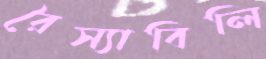
রৈস্যাবিলি